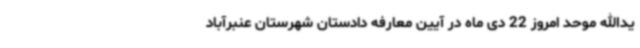
یدالله موحد امروز 22 دی ماه در آیین معارفه دادستان شهرستان عنبرآباد